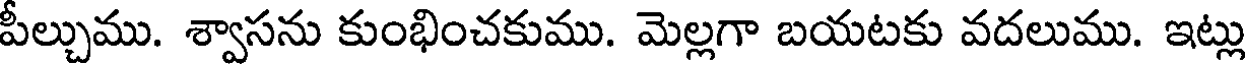
పీల్చుము. శ్వాసను కుంభించకుము. మెల్లగా బయటకు వదలుము. ఇట్లు